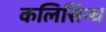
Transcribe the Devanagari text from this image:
कलिसिन्ध